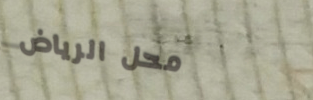
محل الرياض